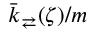
\bar { k } _ { \rightleftarrows } ( \zeta ) / m